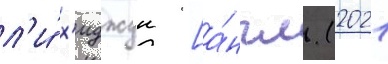
л'и́ х'иджун [а́нгл. (2021